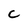
Character: c